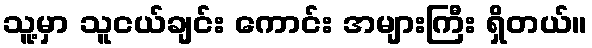
သူ့မှာ သူငယ်ချင်း ကောင်း အများကြီး ရှိတယ်။